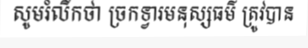
សូមរំលឹកថា ច្រកទ្វារមនុស្សធម៌ ត្រូវបាន